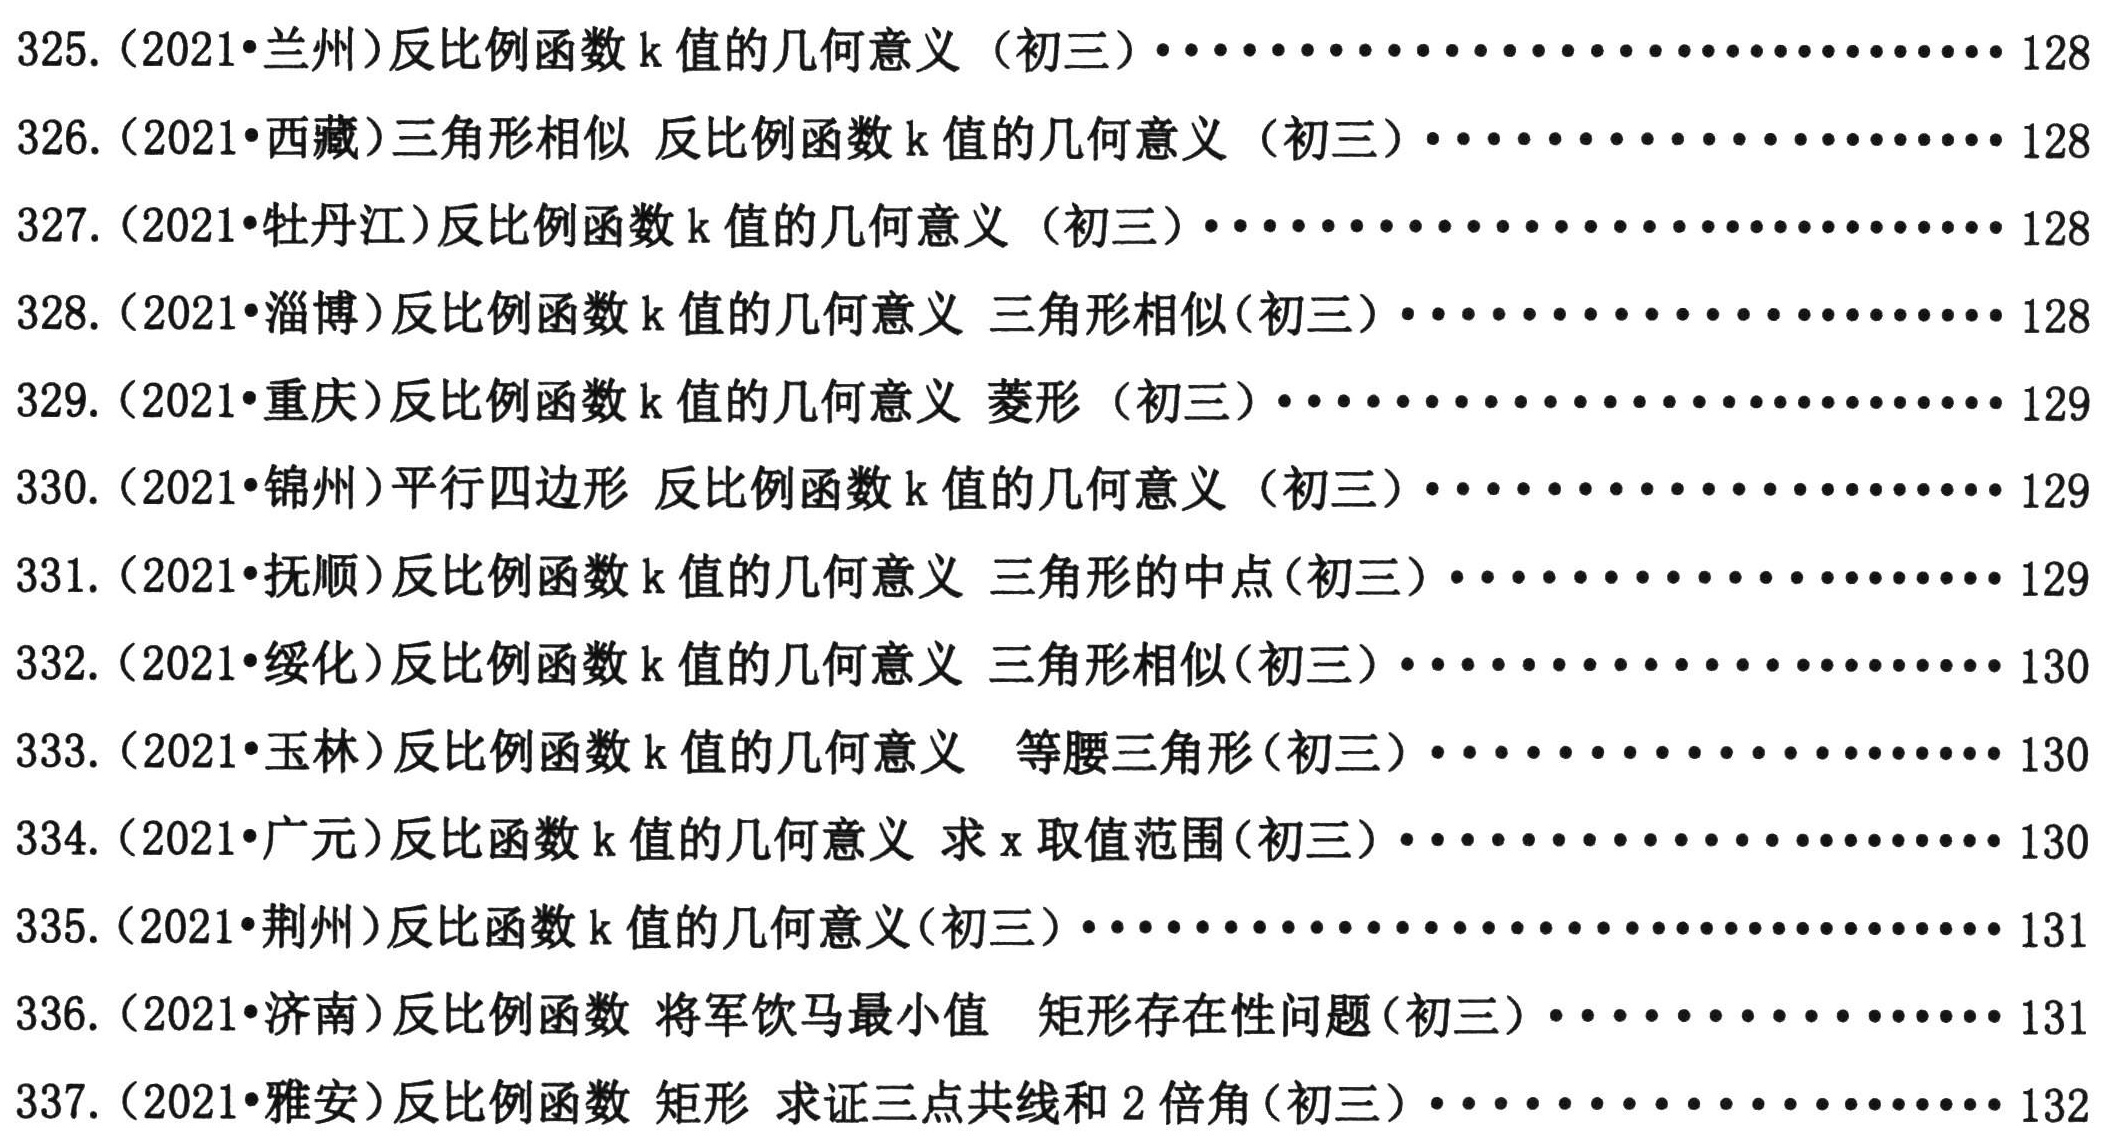
325. (2021•兰州)反比例函数\(k\)值的几何意义（初三）........................... 128
326. (2021•西藏)三角形相似 反比例函数\(k\)值的几何意义（初三）..................... 128
327. (2021•牡丹江)反比例函数\(k\)值的几何意义（初三）........................... 128
328. (2021•淄博)反比例函数\(k\)值的几何意义 三角形相似(初三）..................... 128
329. (2021•重庆)反比例函数\(k\)值的几何意义 菱形（初三）.......................... 129
330. (2021•锦州)平行四边形 反比例函数\(k\)值的几何意义（初三）..................... 129
331. (2021•抚顺)反比例函数\(k\)值的几何意义 三角形的中点(初三）..................... 129
332. (2021•绥化)反比例函数\(k\)值的几何意义 三角形相似(初三）..................... 130
333. (2021•玉林)反比例函数\(k\)值的几何意义  等腰三角形(初三）..................... 130
334. (2021•广元)反比例函数\(k\)值的几何意义 求\(x\)取值范围(初三）..................... 130
335. (2021•荆州)反比例函数\(k\)值的几何意义(初三）........................... 131
336. (2021•济南)反比例函数 将军饮马最小值 矩形存在性问题(初三）.................. 131
337. (2021•雅安)反比例函数 矩形 求证三点共线和\(2\)倍角(初三）................... 132